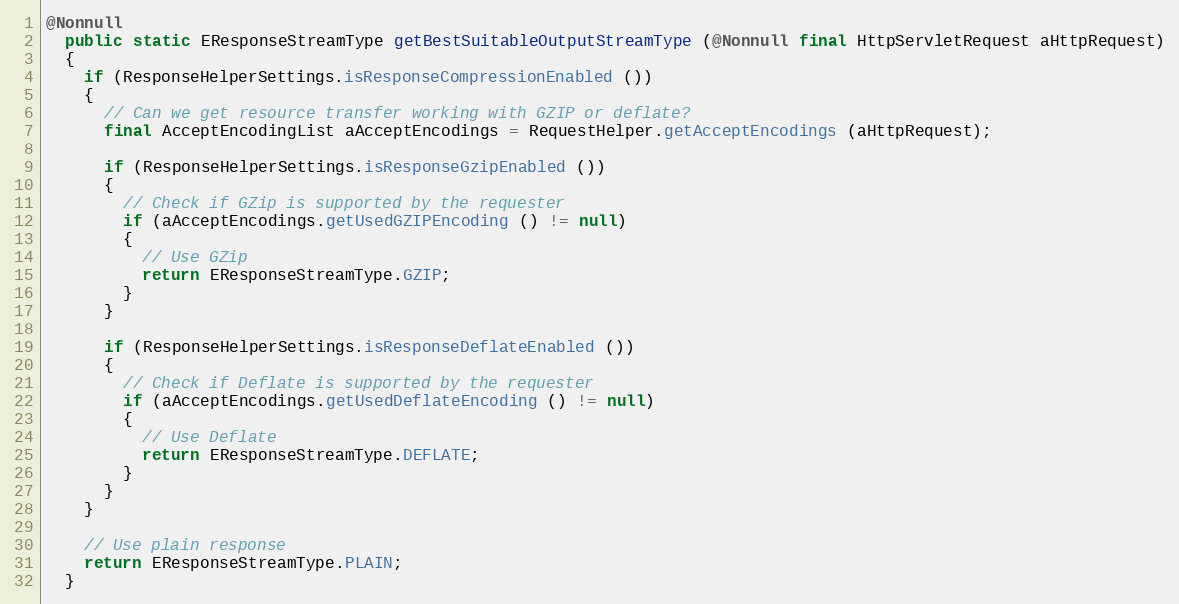
Language: Java
@Nonnull
  public static EResponseStreamType getBestSuitableOutputStreamType (@Nonnull final HttpServletRequest aHttpRequest)
  {
    if (ResponseHelperSettings.isResponseCompressionEnabled ())
    {
      // Can we get resource transfer working with GZIP or deflate?
      final AcceptEncodingList aAcceptEncodings = RequestHelper.getAcceptEncodings (aHttpRequest);

      if (ResponseHelperSettings.isResponseGzipEnabled ())
      {
        // Check if GZip is supported by the requester
        if (aAcceptEncodings.getUsedGZIPEncoding () != null)
        {
          // Use GZip
          return EResponseStreamType.GZIP;
        }
      }

      if (ResponseHelperSettings.isResponseDeflateEnabled ())
      {
        // Check if Deflate is supported by the requester
        if (aAcceptEncodings.getUsedDeflateEncoding () != null)
        {
          // Use Deflate
          return EResponseStreamType.DEFLATE;
        }
      }
    }

    // Use plain response
    return EResponseStreamType.PLAIN;
  }